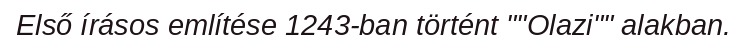
Első írásos említése 1243-ban történt ""Olazi"" alakban.